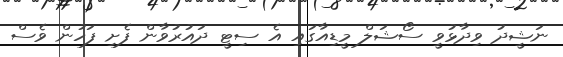
ނަޝީދު ވިދާޅުވީ ސޯޝަލް މީޑިއާގައި އެ ސިޓީ ދައުރުވާން ފެށި ފަހުން ވެސް